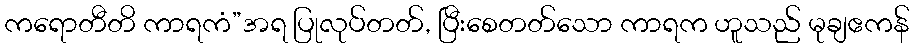
ကရောတီတိ ကာရကံ”အရ ပြုလုပ်တတ်, ပြီးစေတတ်သော ကာရက ဟူသည် မုချဧကန်